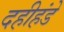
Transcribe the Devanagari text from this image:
दहीहंडे